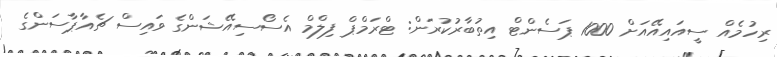
ރިހުމެއް ސީއައިއޭއަށް 1000 ޕަސެންޓް އިތުބާރުކުރަން: ޓްރަމްޕް ފިލްމް އެސޯސިއޭޝަންގެ ވައިސް ޗެއާޕާސަންގެ